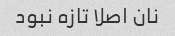
نان اصلا تازه نبود